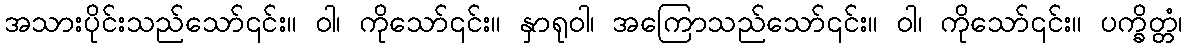
အသားပိုင်းသည်သော်၎င်း။ ဝါ၊ ကိုသော်၎င်း။ နှာရုဝါ၊ အကြောသည်သော်၎င်း။ ဝါ၊ ကိုသော်၎င်း။ ပက္ခိတ္တံ၊